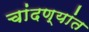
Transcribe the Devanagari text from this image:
चांदण्यांत